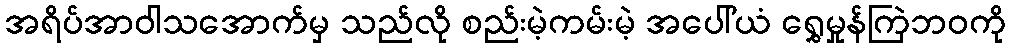
အရိပ်အာဝါသအောက်မှ သည်လို စည်းမဲ့ကမ်းမဲ့ အပေါ်ယံ ရွှေမှုန်ကြဲဘဝကို